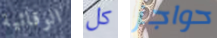
الوقائية كل حواجز